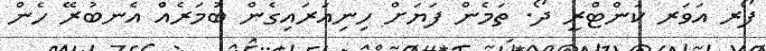
ފޯރ އަވަރ ކަންޓްރީ ދޯ. ތަމެން ފަޔަށް ހިނިއަރައިގެން ބުމަރެއް އެނބުރޭ ހެން